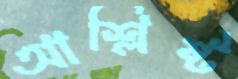
আশ্লিষ্ট